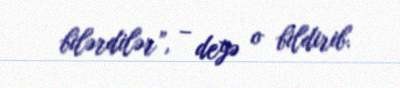
bilərdilər”, – deyə o bildirib.